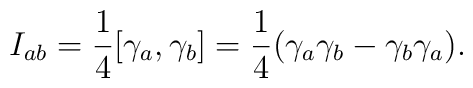
I_{ab}={\frac 14}[\gamma _a,\gamma _b]={\frac 14}(\gamma _a\gamma _b-\gamma_b\gamma _a).